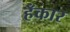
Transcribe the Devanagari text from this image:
हँकार